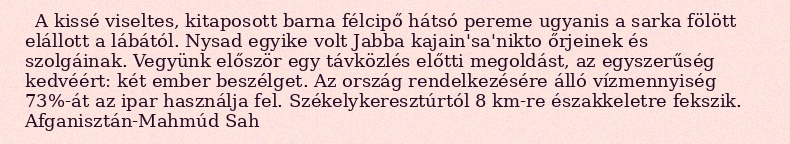
A kissé viseltes, kitaposott barna félcipő hátsó pereme ugyanis a sarka fölött elállott a lábától. Nysad egyike volt Jabba kajain'sa'nikto őrjeinek és szolgáinak. Vegyünk először egy távközlés előtti megoldást, az egyszerűség kedvéért: két ember beszélget. Az ország rendelkezésére álló vízmennyiség 73%-át az ipar használja fel. Székelykeresztúrtól 8 km-re északkeletre fekszik. Afganisztán-Mahmúd Sah